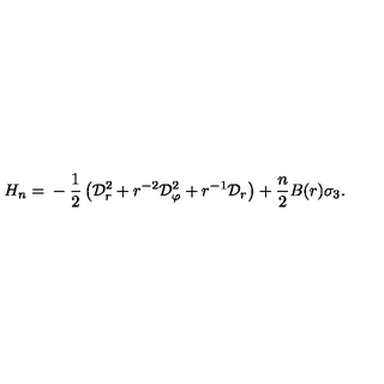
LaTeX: H _ { n } = { } - \frac 1 2 \left( { \cal D } _ { r } ^ { 2 } + r ^ { - 2 } { \cal D } _ { \varphi } ^ { 2 } + r ^ { - 1 } { \cal D } _ { r } \right) + \frac n 2 B ( r ) \sigma _ { 3 } .